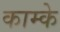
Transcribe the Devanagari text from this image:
काम्के